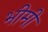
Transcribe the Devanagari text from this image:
भीमी